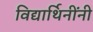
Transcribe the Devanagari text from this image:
विद्यार्थिनींनी